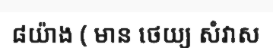
៨យ៉ាង ( មាន ថេយ្យ សំវាស